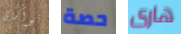
توأمان حصة هارى